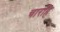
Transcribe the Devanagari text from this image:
चारहि